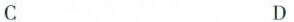
C D